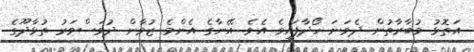
އަތޮޅު މުބާރާތުން ދެވަނަ ހޯދާފައިވެ އެވެ. އޭނާގެ އެންމެ ޒުވާން ދުވަސްވަރު ތުޅާދޫގެ